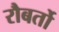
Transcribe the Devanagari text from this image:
रौबर्तो